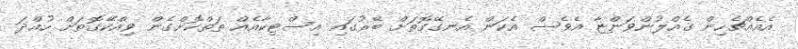
އެއެއްޗެހިން ގެއްލުންވަންޏާ އެވެސް އެކަން އެނގޭގޮތަށް ބޭރުގައި އިސްޓިކާއެއް ތަތްކޮށްގެން ވިއްކޭގޮތަށް ހުއްދަ